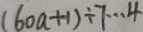
( 6 0 a + 1 ) \div 7 \cdots 4